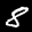
Digit: 8